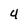
Character: 4